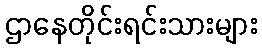
ဌာနေတိုင်းရင်းသားများ